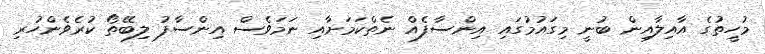
މުހީތުގެ އާއިލާއިން ބުނީ މިގައުމުގައި އިންސާފެއް ނެތްކަމަށާއި ނަމަވެސް އިންސާފު ލިބޭތޯ ކުރެވެންހުރި